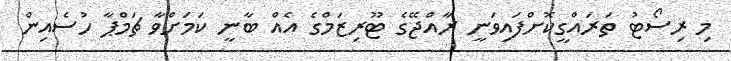
މި ރިސޯޓު ތަރައްގީކޮށްފައިވަނީ ރާއްޖޭގެ ޓޫރިޒަމްގެ އެއް ބާނީ ކަމަށްވާ ޗަމްޕާ ހުސެއިން